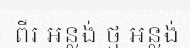
ពីរ អន្លង់ ថ្ម អន្លង់